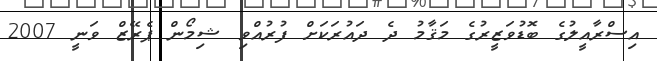
އިސްރާއީލުގެ ބޮޑުވަޒީރުގެ މަޤާމު ދެ ދައުރަކަށް ފުރުއްވި ޝިމޯން ޕެރޭޒް ވަނީ 2007